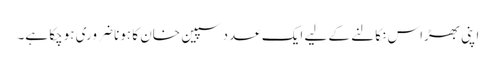
اپنی بھڑاس نکالنے کے لیے ایک عدد سپین خان کا ہونا ضروری ہوچکا ہے۔